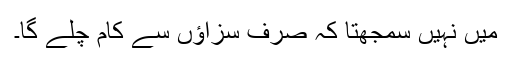
میں نہیں سمجھتا کہ صرف سزاؤں سے کام چلے گا۔